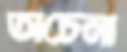
অচেনা